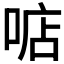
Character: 𠶧